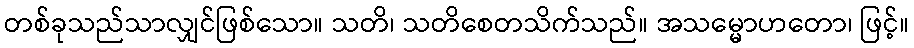
တစ်ခုသည်သာလျှင်ဖြစ်သော။ သတိ၊ သတိစေတသိက်သည်။ အသမ္မောဟတော၊ ဖြင့်။